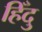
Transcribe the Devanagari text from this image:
हिँदु